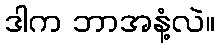
ဒါက ဘာအနံ့လဲ။